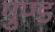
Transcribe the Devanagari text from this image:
गुण्ड